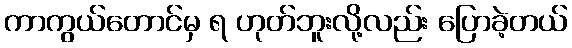
ကာကွယ်တောင်မှ ရ ဟုတ်ဘူးလို့လည်း ပြောခဲ့တယ်